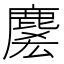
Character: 𪊱